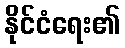
နိုင်ငံရေး၏